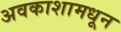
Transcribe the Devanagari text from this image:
अवकाशामधून